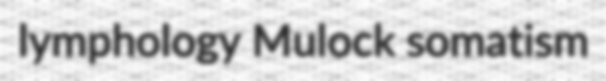
lymphology Mulock somatism